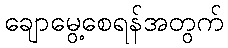
ချောမွေ့စေရန်အတွက်